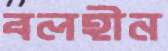
বলহীন